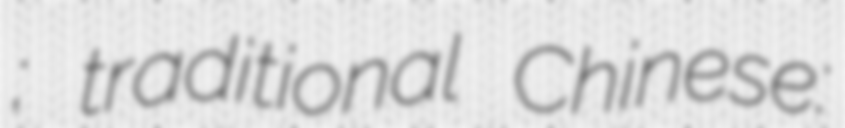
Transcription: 渤海银行; traditional Chinese: